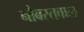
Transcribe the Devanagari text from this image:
नौबस्तवाल